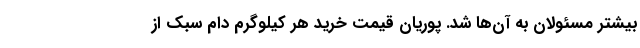
بیشتر مسئولان به آن‌ها شد. پوریان قیمت خرید هر کیلوگرم دام سبک از